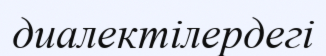
диалектілердегі